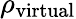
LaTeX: \rho_{\mathrm{virtual}}